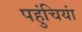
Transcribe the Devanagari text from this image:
पहुंचियां